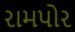
રામપોર